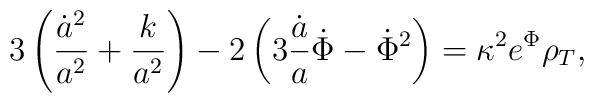
3\left(\frac{\dot a^2}{a^2}+\frac{k}{a^2}\right)-2\left(3\frac{\dot a}{a}\dot\Phi-\dot\Phi^2\right) = \kappa^2 e^\Phi \rho_{T},